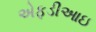
એફડીઆઇ